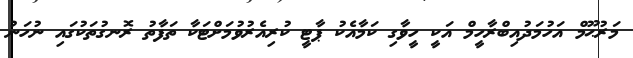
މަރުޙޫމް އަހުމަދުއިބްރާހީމް އަކީ ހީވާގި ކަމާއެކު ޕާޓީ ކުރިއެރުވުމަށްޓަކާ ތަފާތު ރޮނގުތަކުގައި ނުހަނު